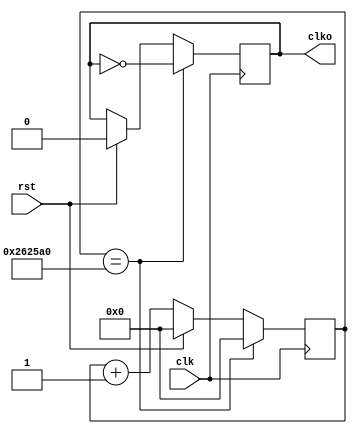
module modefier (
    input clk, rst, 
    output  reg clko
);
    reg [23:0] internal;
    
	always @(posedge clk ) begin
		if(rst) begin
			internal<=0;
			clko<=0;
		end
		else
			internal<=internal+1;
		if(internal==2500000)
		begin	clko<=~clko;
		internal<=0;
		end
	end
	
endmodule